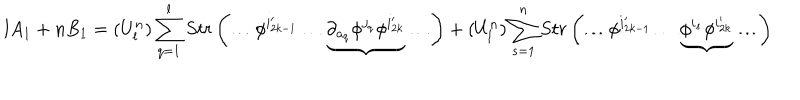
LaTeX: l A _ { 1 } + n B _ { 1 } = ( U _ { l } ^ { n } ) \sum _ { q = 1 } ^ { l } S t r \left( \ldots \phi ^ { i _ { 2 k - 1 } ^ { \prime } } \ldots \underbrace { \partial _ { a _ { q } } \phi ^ { j _ { q } } \phi ^ { i _ { 2 k } ^ { \prime } } } \ldots \right) + ( U _ { l } ^ { n } ) \sum _ { s = 1 } ^ { n } S t r \left( \ldots \phi ^ { i _ { 2 k - 1 } ^ { \prime } } \ldots \underbrace { \phi ^ { i _ { s } } \phi ^ { i _ { 2 k } ^ { \prime } } } \ldots \right)